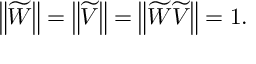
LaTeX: \left\| \widetilde { W } \right\| = \left\| \widetilde { V } \right\| = \left\| \widetilde { W } \widetilde { V } \right\| = 1 .